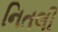
નિતલી